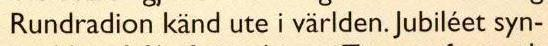
Rundradion känd ute i världen. Jubiléet syn-